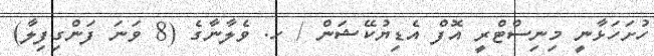
ހުށަހަޅާނީ މިނިސްޓްރީ އޮފް އެޑިޔުކޭޝަން / ހ. ވެލާނާގެ (8 ވަނަ ފަންގިފިލާ)